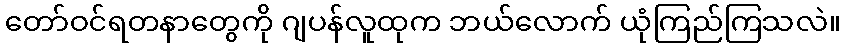
တော်ဝင်ရတနာတွေကို ဂျပန်လူထုက ဘယ်လောက် ယုံကြည်ကြသလဲ။